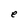
Character: e